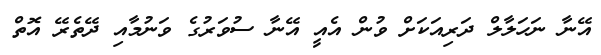
އޭނާ ނަހަލާލް ދަރިއަކަށް ވުން އެއީ އޭނާ ސުވަރުގެ ވަނުމާއި ދޭތެރޭ އޮތް